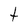
Character: t